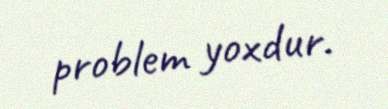
problem yoxdur.